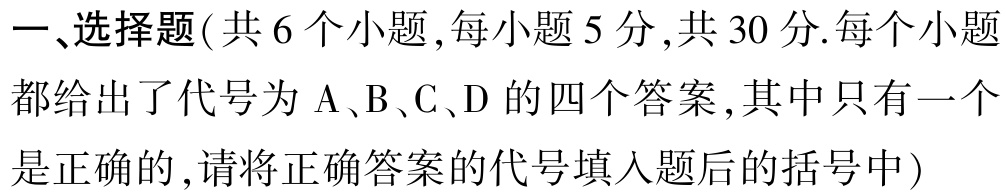
一、选择题(共 6 个小题,每小题 5 分,共 30 分.每个小题都给出了代号为 A、B、C、D 的四个答案,其中只有一个是正确的,请将正确答案的代号填入题后的括号中)